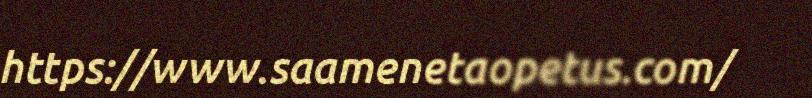
https://www.saamenetaopetus.com/